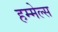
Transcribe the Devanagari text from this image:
हम्मेल्स